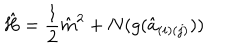
{ \hat { H } } = { \frac { 1 } { 2 } } { \hat { m } } ^ { 2 } + N ( g ( { \hat { a } } _ { ( i ) ( j ) } ) )